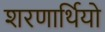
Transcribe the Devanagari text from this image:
शरणार्थियो